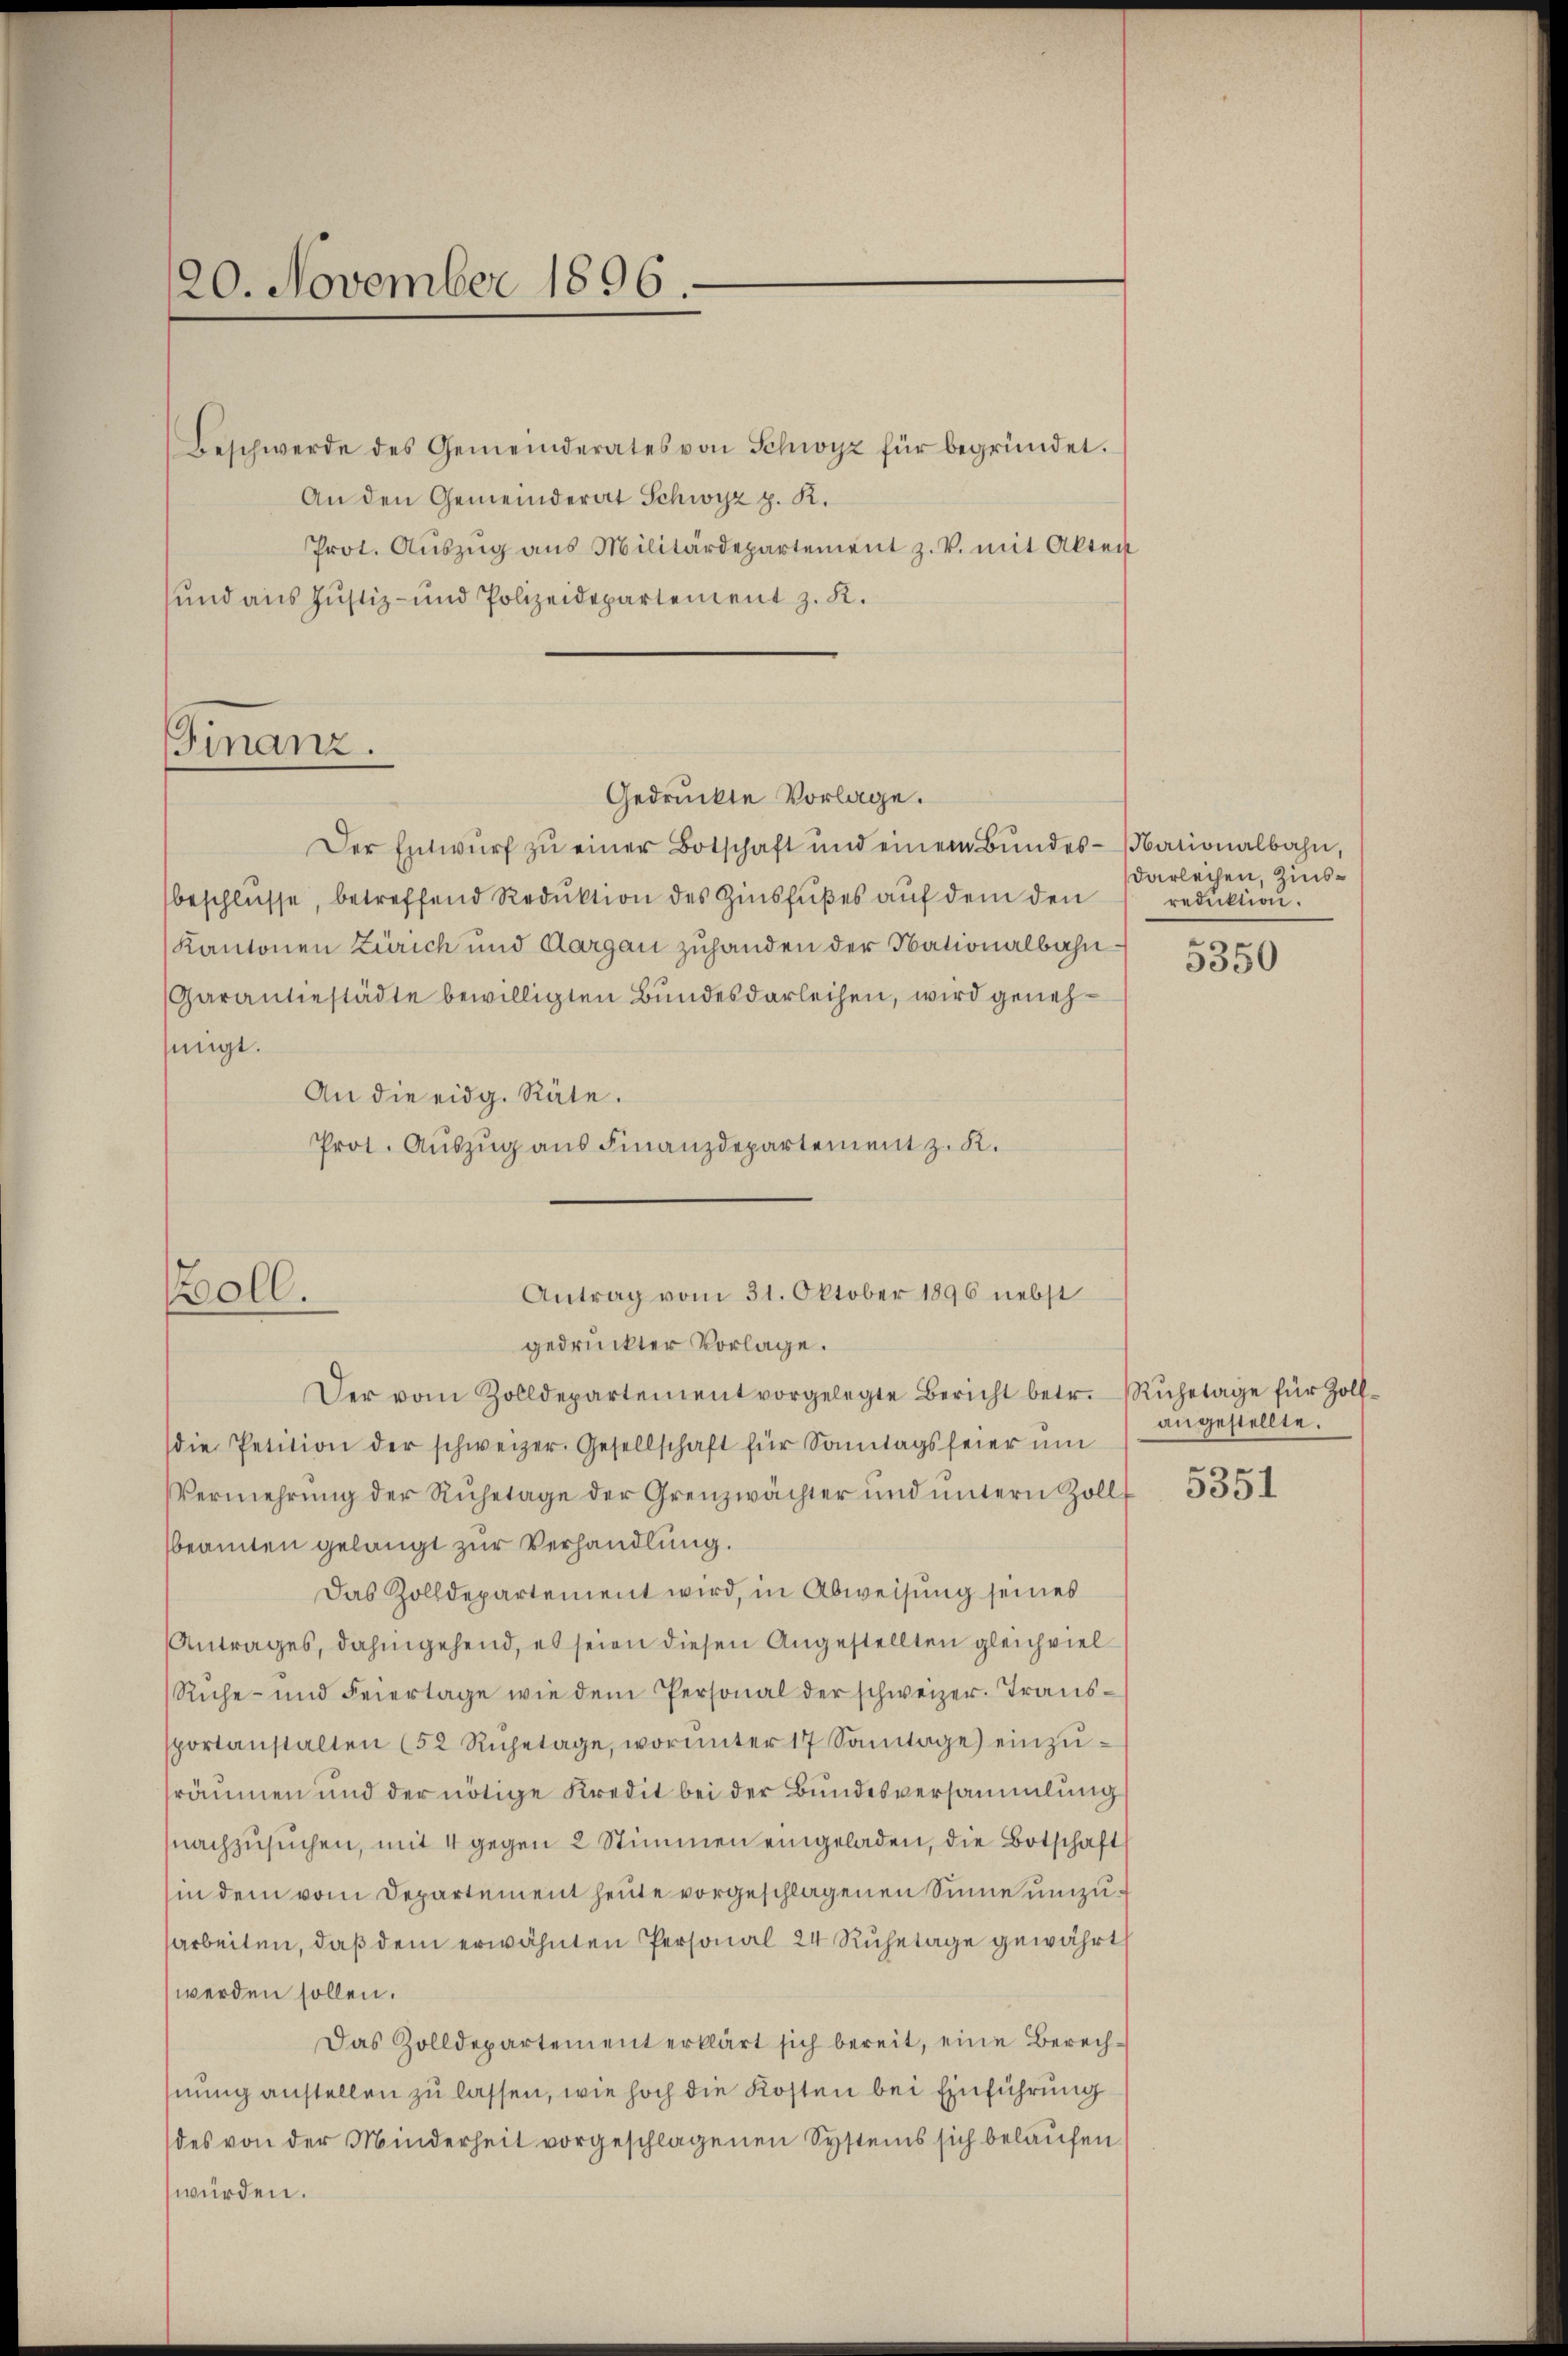
20. November 1896.

Finanz.
Gedruckte Vorlage.

Beschwerde des Gemeinderates von Schwyz für begründet.
An den Gemeinderat Schwyz p. K.
Prot. Aŭszŭg ans Militärdepartement z. V. mit Akten
sund aus Justiz- und Polizeidepartement z. K.

Der Entwŭrf zŭ einer Botschaft und einem Bŭndes-ationalbahn,
beschlüsse, betreffend Reduktion des Zinsfußes auf dem den
Kantonen Zürich und Aargau zuhanden der Nationalbahn¬
Garantiestädte bewilligten Bundesdarleihen, wird genehsingt.
An die eidg. Räte.
Prot. Auszug aus Finanzdepartement z. K.

Der vom Zolldepartement vorgelegte Bericht betr. Rŭhetage für Zolldie Petition der schweizer. Gesellschaft für Sonntagsfeier ŭm
Vermehrŭng der Ruhetage der Grenzwächter und ŭntern Zoll
sbeamten gelangt zur Verhandlung.
Das Zolldepartement wird, in Abweisung seines
Antrages, dahingehend, es seien diesen Angestellten gleichviel
Rŭhe- und Feiertage wie dem Personal der schweizer. Transsportanstalten (52 Ruhetage, worŭnter 17 Santage) einzŭ-
sräumen und der nötige Kredit bei der Bundesversammlung
nachzusuchen, mit 4 gegen 2 Stimmen eingeladen, die Botschaft
in dem vom Departement heute vorgeschlagenen Sinne umzuarbeiten, daß dem erwähnten Personal 24 Ruhetage gewährt
werden sollen.
Das Zolldepartement erklärt sich bereit, eine Berechnung anstellen zu lassen, wie hoch die Kosten bei Einführung
des von der Minderheit vorgeschlagenen Systems sich belaufen
würden.

Antrag vom 31. Oktober 1896 nebst
Boll.
gedruckter Vorlage.

darleihen, Zinsreduktion.

5350

angestellte.

5351